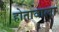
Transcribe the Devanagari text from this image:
होतावाला